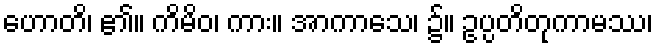
ဟောတိ၊ ၏။ ကိမိဝ၊ ကား။ အာကာသေ၊ ၌။ ဥပ္ပတိတုကာမဿ၊